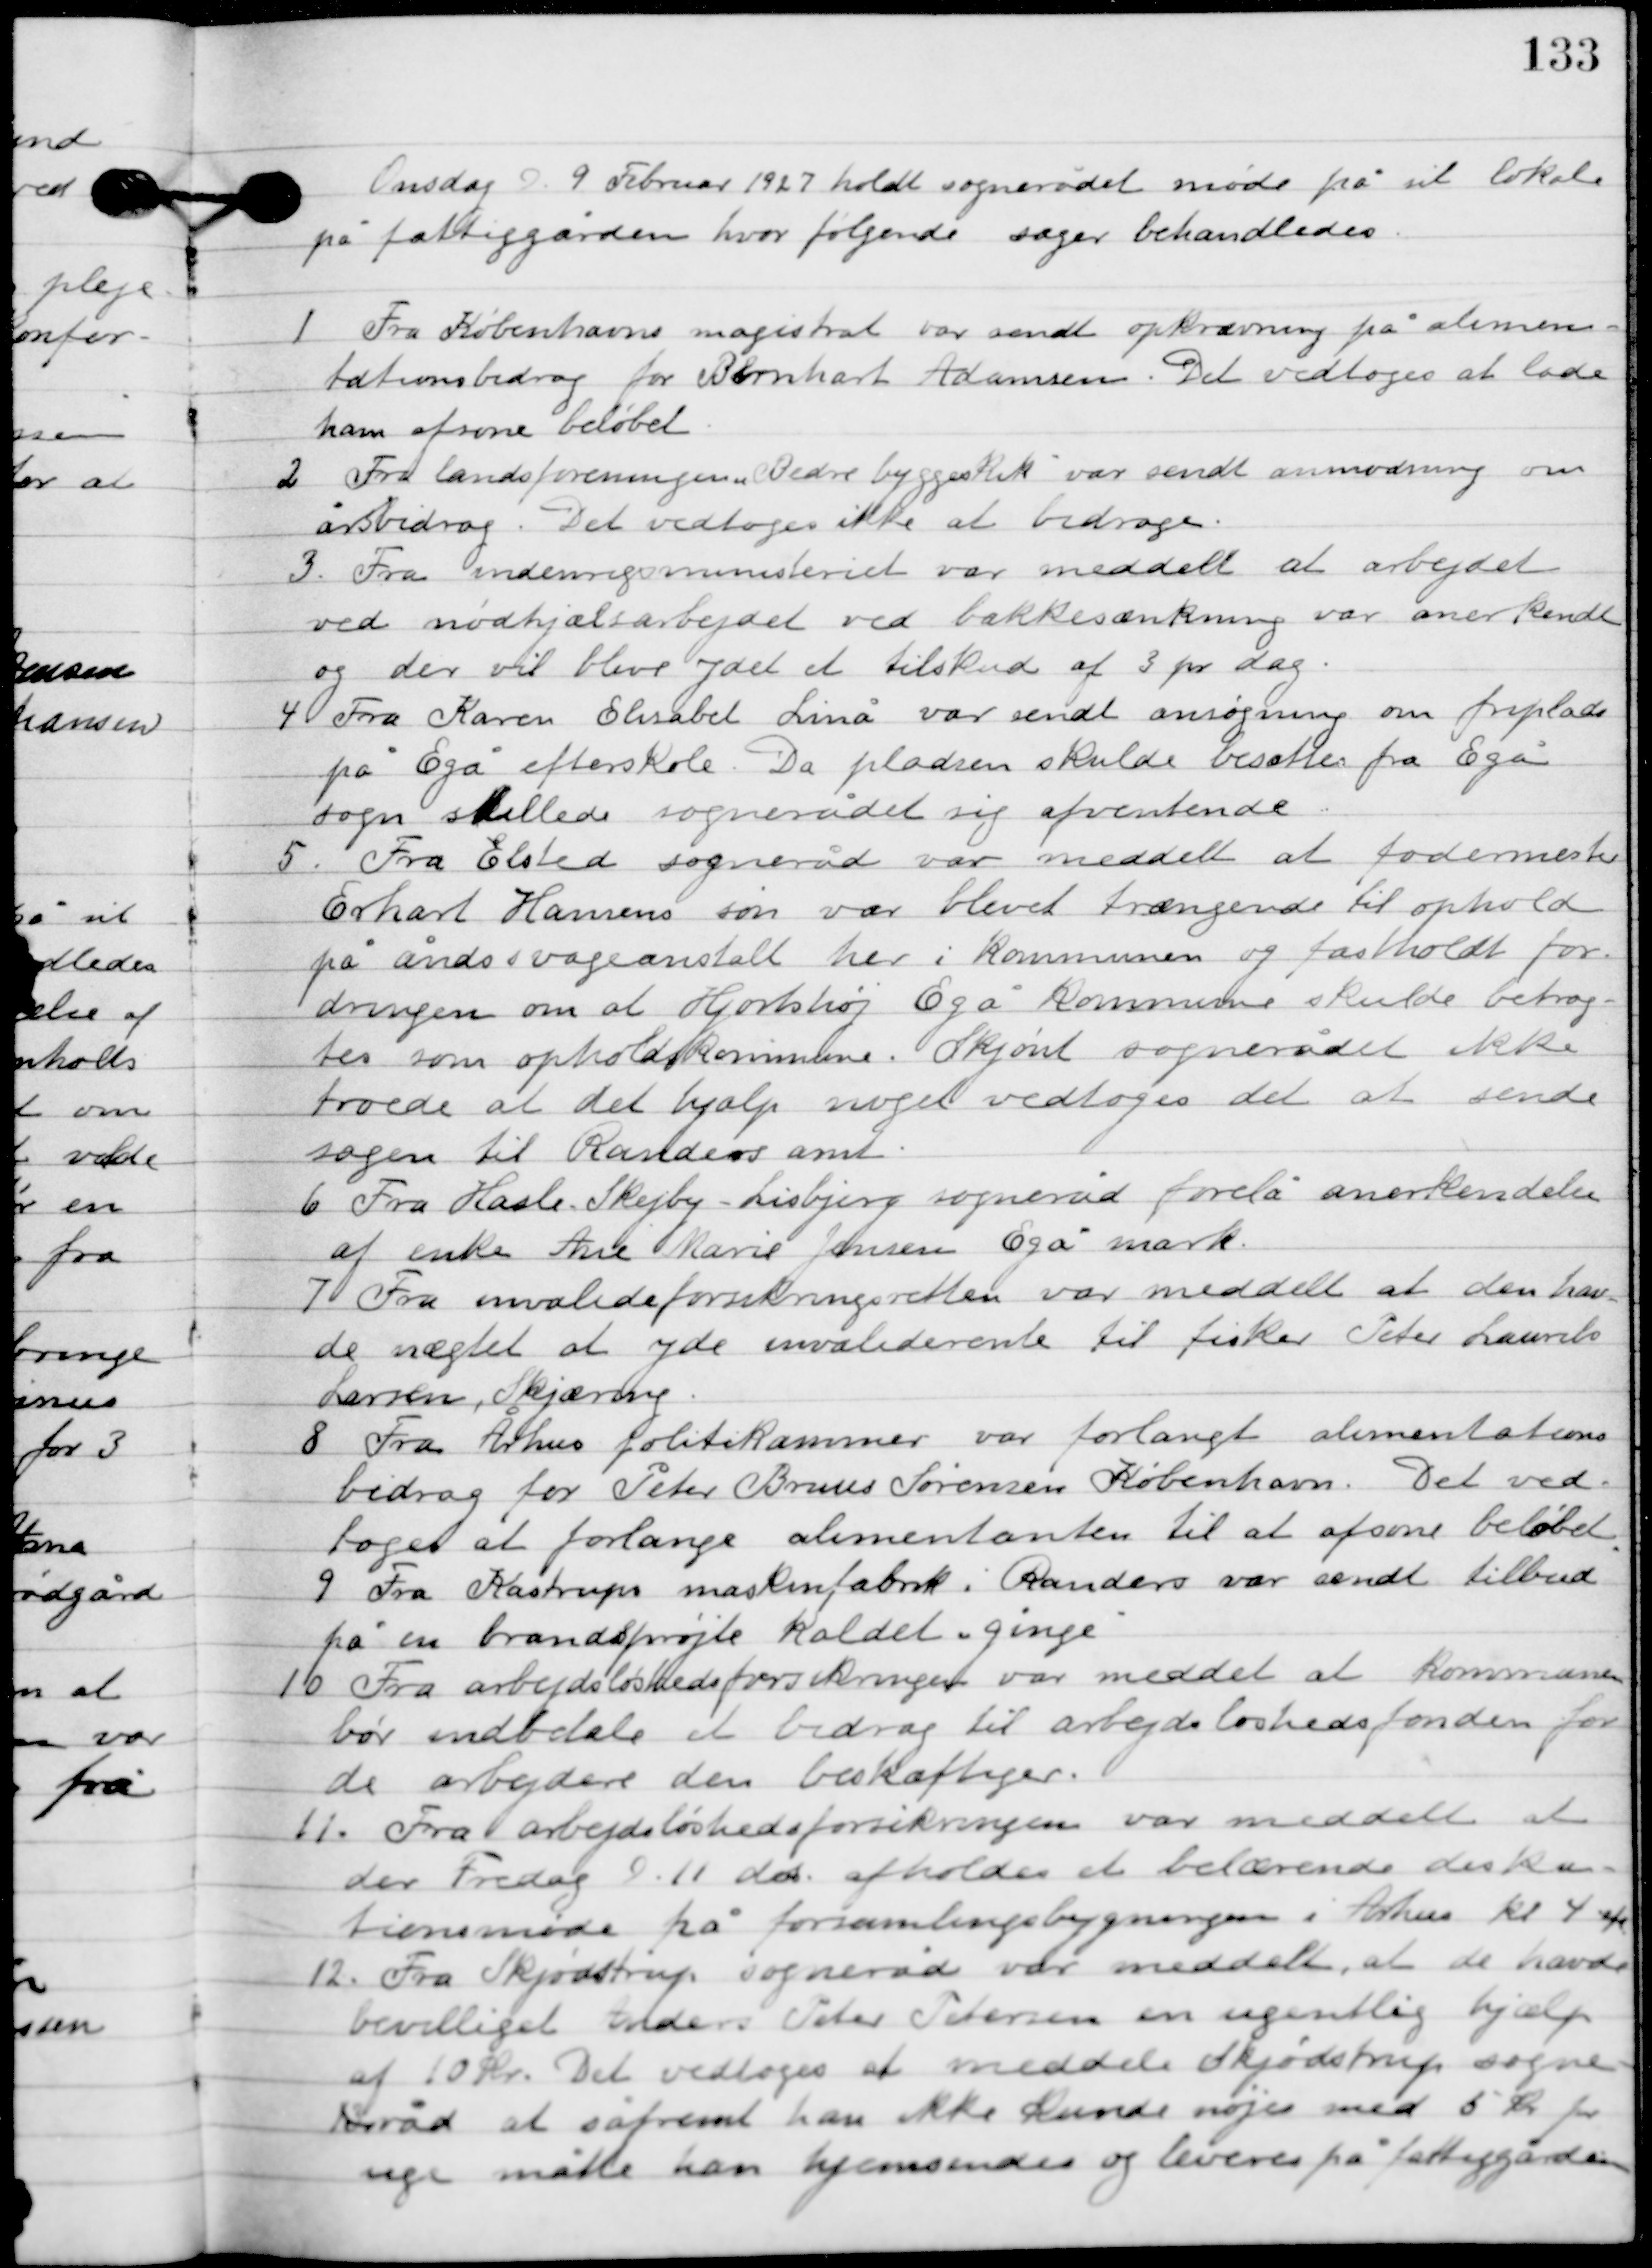
Transskription:
Onsdag D. 9. Februar 1927 holdt sognerådet møde på sit lokale
på fattiggården, hvor følgende sager behandledes.

1

Fra Københavns magistrat var sendt opkrævning på alimen-
tationsbidrag for Bernhart Adamsen. Det vedtoges at lade
ham afsone beløbet.

2

Fra landsforeningen ”Bedre byggeskik” var sendt anmodning om
årsbidrag. Det vedtoges ikke at bidrage.

3

Fra indenrigsministeriet var meddelt at arbejdet
ved nødhjælpsarbejder ved bakkesænkning var anerkendt
og der vil blive det et tilskud af 3 pr. dag.

4

Fra Karen Elisabet Linå var sendt ansøgning om friplads
på Egå efterskole. Da pladsen skulde besattes fra Egå
sogn stillede sognerådet sig afventende.

5

Fra Elsted sognerådet var meddelt at fodermester
Erhart Hansens søn var blevet trængende til ophold
på åndsvage anstalt her i kommunen og fastholdt for-
dringen om at Hjortshøj Egå kommunen skulde betrag-
tes som opholdskommune. Skjønt sognerådet ikke
troede at det hjalp noget vedtoges det at sende
sagen til Randers amt.

6

Fra Hasle Skejby-Lisbjerg sogneråd forelå anerkendelse
af enke Ane Marie Jens Egå mark.

7

Fra invalideforsikringsretten var meddelt at den hav-
de nægtet at yde invalidrente til fisker Peter Laurits
 Larsen, Skjæring.

8

Fra Århus politikammer var forlangt alimentations-
bidrag for Peter Bruus Sørensen København. Det ved-
toges at forlange alimentanten til at afsone beløbet.

9

Fra Kastrup maskinfabrik i Randers var sendt tilbud
på en brandsprøjte kaldet ”ginge”

10

Fra arbejdsløshedsforsikringen var meddelt at kommunen
bør indbetale et bidrag til arbejdsløshedsfonden for
de arbejdere den beskæftiger.

11

Fra arbejdsløshedsforsikringen var meddelt at
der Fredag D. 11. ds. Afholdes et belærende diskus-
sionsmøde på forsamlingsbygningen i Århus kl. 4 aften.

12

Fra Skjødstrup sogneråd var meddelt at de have
bevilliget Anders Peter Petersen en ugentlig hjælp
af 10 kr. det vedtoges at meddele Skjødstrup sogne-
råd at såfremt han ikke kunde nøjes med 5 kr. pr.
uge måtte han hjemsendes og leveres på fattiggården.